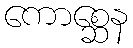
ကောစ္ဆေန